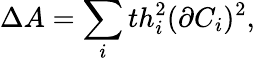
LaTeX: \Delta A=\sum_{i}th_{i}^{2}(\partial C_{i})^{2},